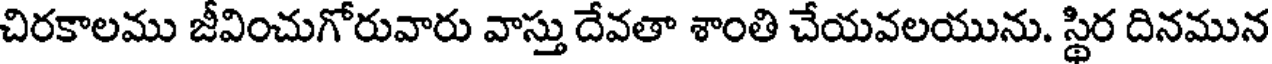
చిరకాలము జీవించుగోరువారు వాస్తు దేవతా శాంతి చేయవలయును. స్థిర దినమున